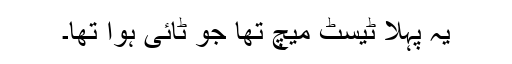
یہ پہلا ٹیسٹ میچ تھا جو ٹائی ہوا تھا۔